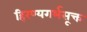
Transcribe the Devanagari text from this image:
हिरण्यगर्भसूक्त